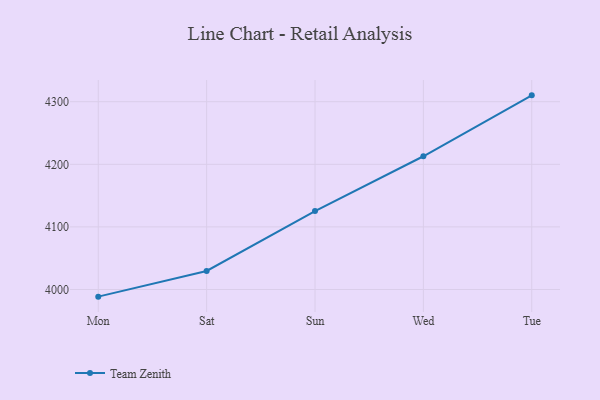
{"axis": {"x": "Day", "y": "Budget (USD K)"}, "legend": ["Team Zenith"], "data": [{"x": "Mon", "y": 3988.6, "type": "Team Zenith"}, {"x": "Sat", "y": 4029.6, "type": "Team Zenith"}, {"x": "Sun", "y": 4125.3, "type": "Team Zenith"}, {"x": "Wed", "y": 4212.9, "type": "Team Zenith"}, {"x": "Tue", "y": 4310.2, "type": "Team Zenith"}]}